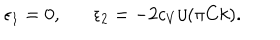
LaTeX: \epsilon _ { 1 } = 0 , \epsilon _ { 2 } = - 2 c _ { V } / ( \pi C k ) .